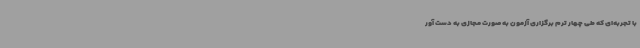
با تجربه‌ای که طی چهار ترم برگزاری آزمون به صورت مجازی به دست آور